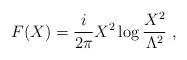
LaTeX: \begin{align*}F(X)= \frac{i}{2\pi}X^2 \log \frac{X^2}{\Lambda^2}\ ,\end{align*}